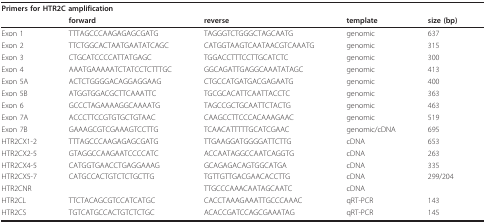
<table><thead><tr><td colspan="3"><b>Primers for HTR2C amplification</b></td><td></td><td></td></tr><tr><td></td><td><b>forward</b></td><td><b>reverse</b></td><td><b>template</b></td><td><b>size (bp)</b></td></tr></thead><tbody><tr><td>Exon 1</td><td>TTTAGCCCAAGAGAGCGATG</td><td>TAGGGTCTGGGCTAGCAATG</td><td>genomic</td><td>637</td></tr><tr><td>Exon 2</td><td>TTCTGGCACTAATGAATATCAGC</td><td>CATGGTAAGTCAATAACGTCAAATG</td><td>genomic</td><td>315</td></tr><tr><td>Exon 3</td><td>CTGCATCCCCATTATGAGC</td><td>TGGACCTTTCCTTGCATCTC</td><td>genomic</td><td>300</td></tr><tr><td>Exon 4</td><td>AAATGAAAAATCTATCCTCTTTGC</td><td>GGCAGATTGAGGCAAATATAGC</td><td>genomic</td><td>413</td></tr><tr><td>Exon 5A</td><td>ACTCTGGGGACAGGAGGAAG</td><td>CTGCCATGATGACGAGAATG</td><td>genomic</td><td>400</td></tr><tr><td>Exon 5B</td><td>ATGGTGGACGCTTCAAATTC</td><td>TGCGCACATTCAATTACCTC</td><td>genomic</td><td>363</td></tr><tr><td>Exon 6</td><td>GCCCTAGAAAAGGCAAAATG</td><td>TAGCCGCTGCAATTCTACTG</td><td>genomic</td><td>463</td></tr><tr><td>Exon 7A</td><td>ACCCTTCCGTGTGCTGTAAC</td><td>CAAGCCTTCCCACAAAGAAC</td><td>genomic</td><td>519</td></tr><tr><td>Exon 7B</td><td>GAAAGCGTCGAAAGTCCTTG</td><td>TCAACATTTTTGCATCGAAC</td><td>genomic/cDNA</td><td>695</td></tr><tr><td>HTR2CX1-2</td><td>TTTAGCCCAAGAGAGCGATG</td><td>TTGAAGGATGGGGATTCTTG</td><td>cDNA</td><td>653</td></tr><tr><td>HTR2CX2-5</td><td>GTAGGCCAAGAATCCCCATC</td><td>ACCAATAGGCCAATCAGGTG</td><td>cDNA</td><td>263</td></tr><tr><td>HTR2CX4-5</td><td>CATGGTGAACCTGAGGAAAG</td><td>GCAGAGACAGTGGCATGA</td><td>cDNA</td><td>335</td></tr><tr><td>HTR2CX5-7</td><td>CATGCCACTGTCTCTGCTTG</td><td>TGTTGTTGACGAACACCTTG</td><td>cDNA</td><td>299/204</td></tr><tr><td>HTR2CNR</td><td></td><td>TTGCCCAAACAATAGCAATC</td><td>cDNA</td><td></td></tr><tr><td>HTR2CL</td><td>TTCTACAGCGTCCATCATGC</td><td>CACCTAAAGAAATTGCCCAAAC</td><td>qRT-PCR</td><td>143</td></tr><tr><td>HTR2CS</td><td>TGTCATGCCACTGTCTCTGC</td><td>ACACCGATCCAGCGAAATAG</td><td>qRT-PCR</td><td>145</td></tr></tbody></table>